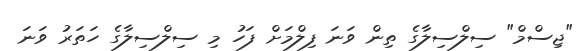
"ޖިސްމް" ސިލްސިލާގެ ތިން ވަނަ ފިލްމަށް ފަހު މި ސިލްސިލާގެ ހަތަރު ވަނަ